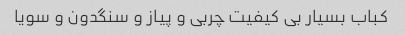
کباب بسیار بی کیفیت چربی و پیاز و سنگدون و سویا